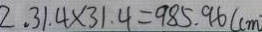
2 , 3 1 . 4 \times 3 1 . 4 = 9 8 5 . 9 6 ( c m